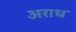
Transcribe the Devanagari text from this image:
अराध